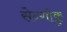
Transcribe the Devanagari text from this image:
सेन्गोकु